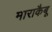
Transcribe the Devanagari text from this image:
माराकैबू